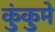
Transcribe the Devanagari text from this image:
कुंकुमे